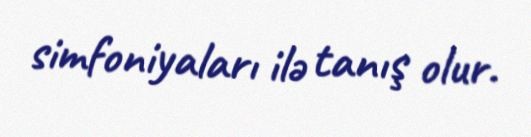
simfoniyaları ilə tanış olur.